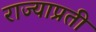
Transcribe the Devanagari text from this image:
राज्याप्रती